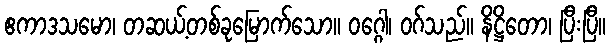
ဧကာဒသမော၊ တဆယ့်တစ်ခုမြောက်သော။ ဝဂ္ဂေါ၊ ဝဂ်သည်။ နိဋ္ဌိတော၊ ပြီးပြီ။